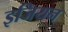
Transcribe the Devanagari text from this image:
इजियन